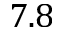
7 . 8